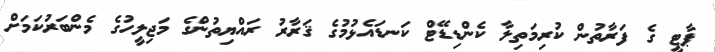
ޕާޓީ ގެ ފަރާތުން ކުރިމަތިލާ ކެންޑިޑޭޓް ކަނޑައެޅުމުގެ ޤަރާރު ރައްޔިތުންގެ މަޖިލީހުގެ މެންބަރުކަމަށް